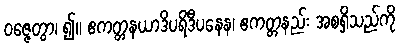
ဝဇ္ဇေတွာ၊ ၍။ ဧကတ္တနယာဒိပရိဒီပနေန၊ ဧကတ္တနည်း အစရှိသည်ကို